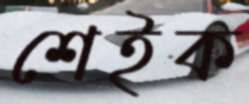
শেইক